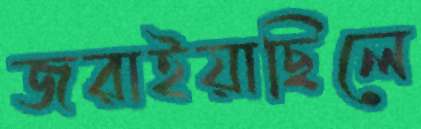
জরাইয়াছিলে